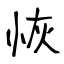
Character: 恢